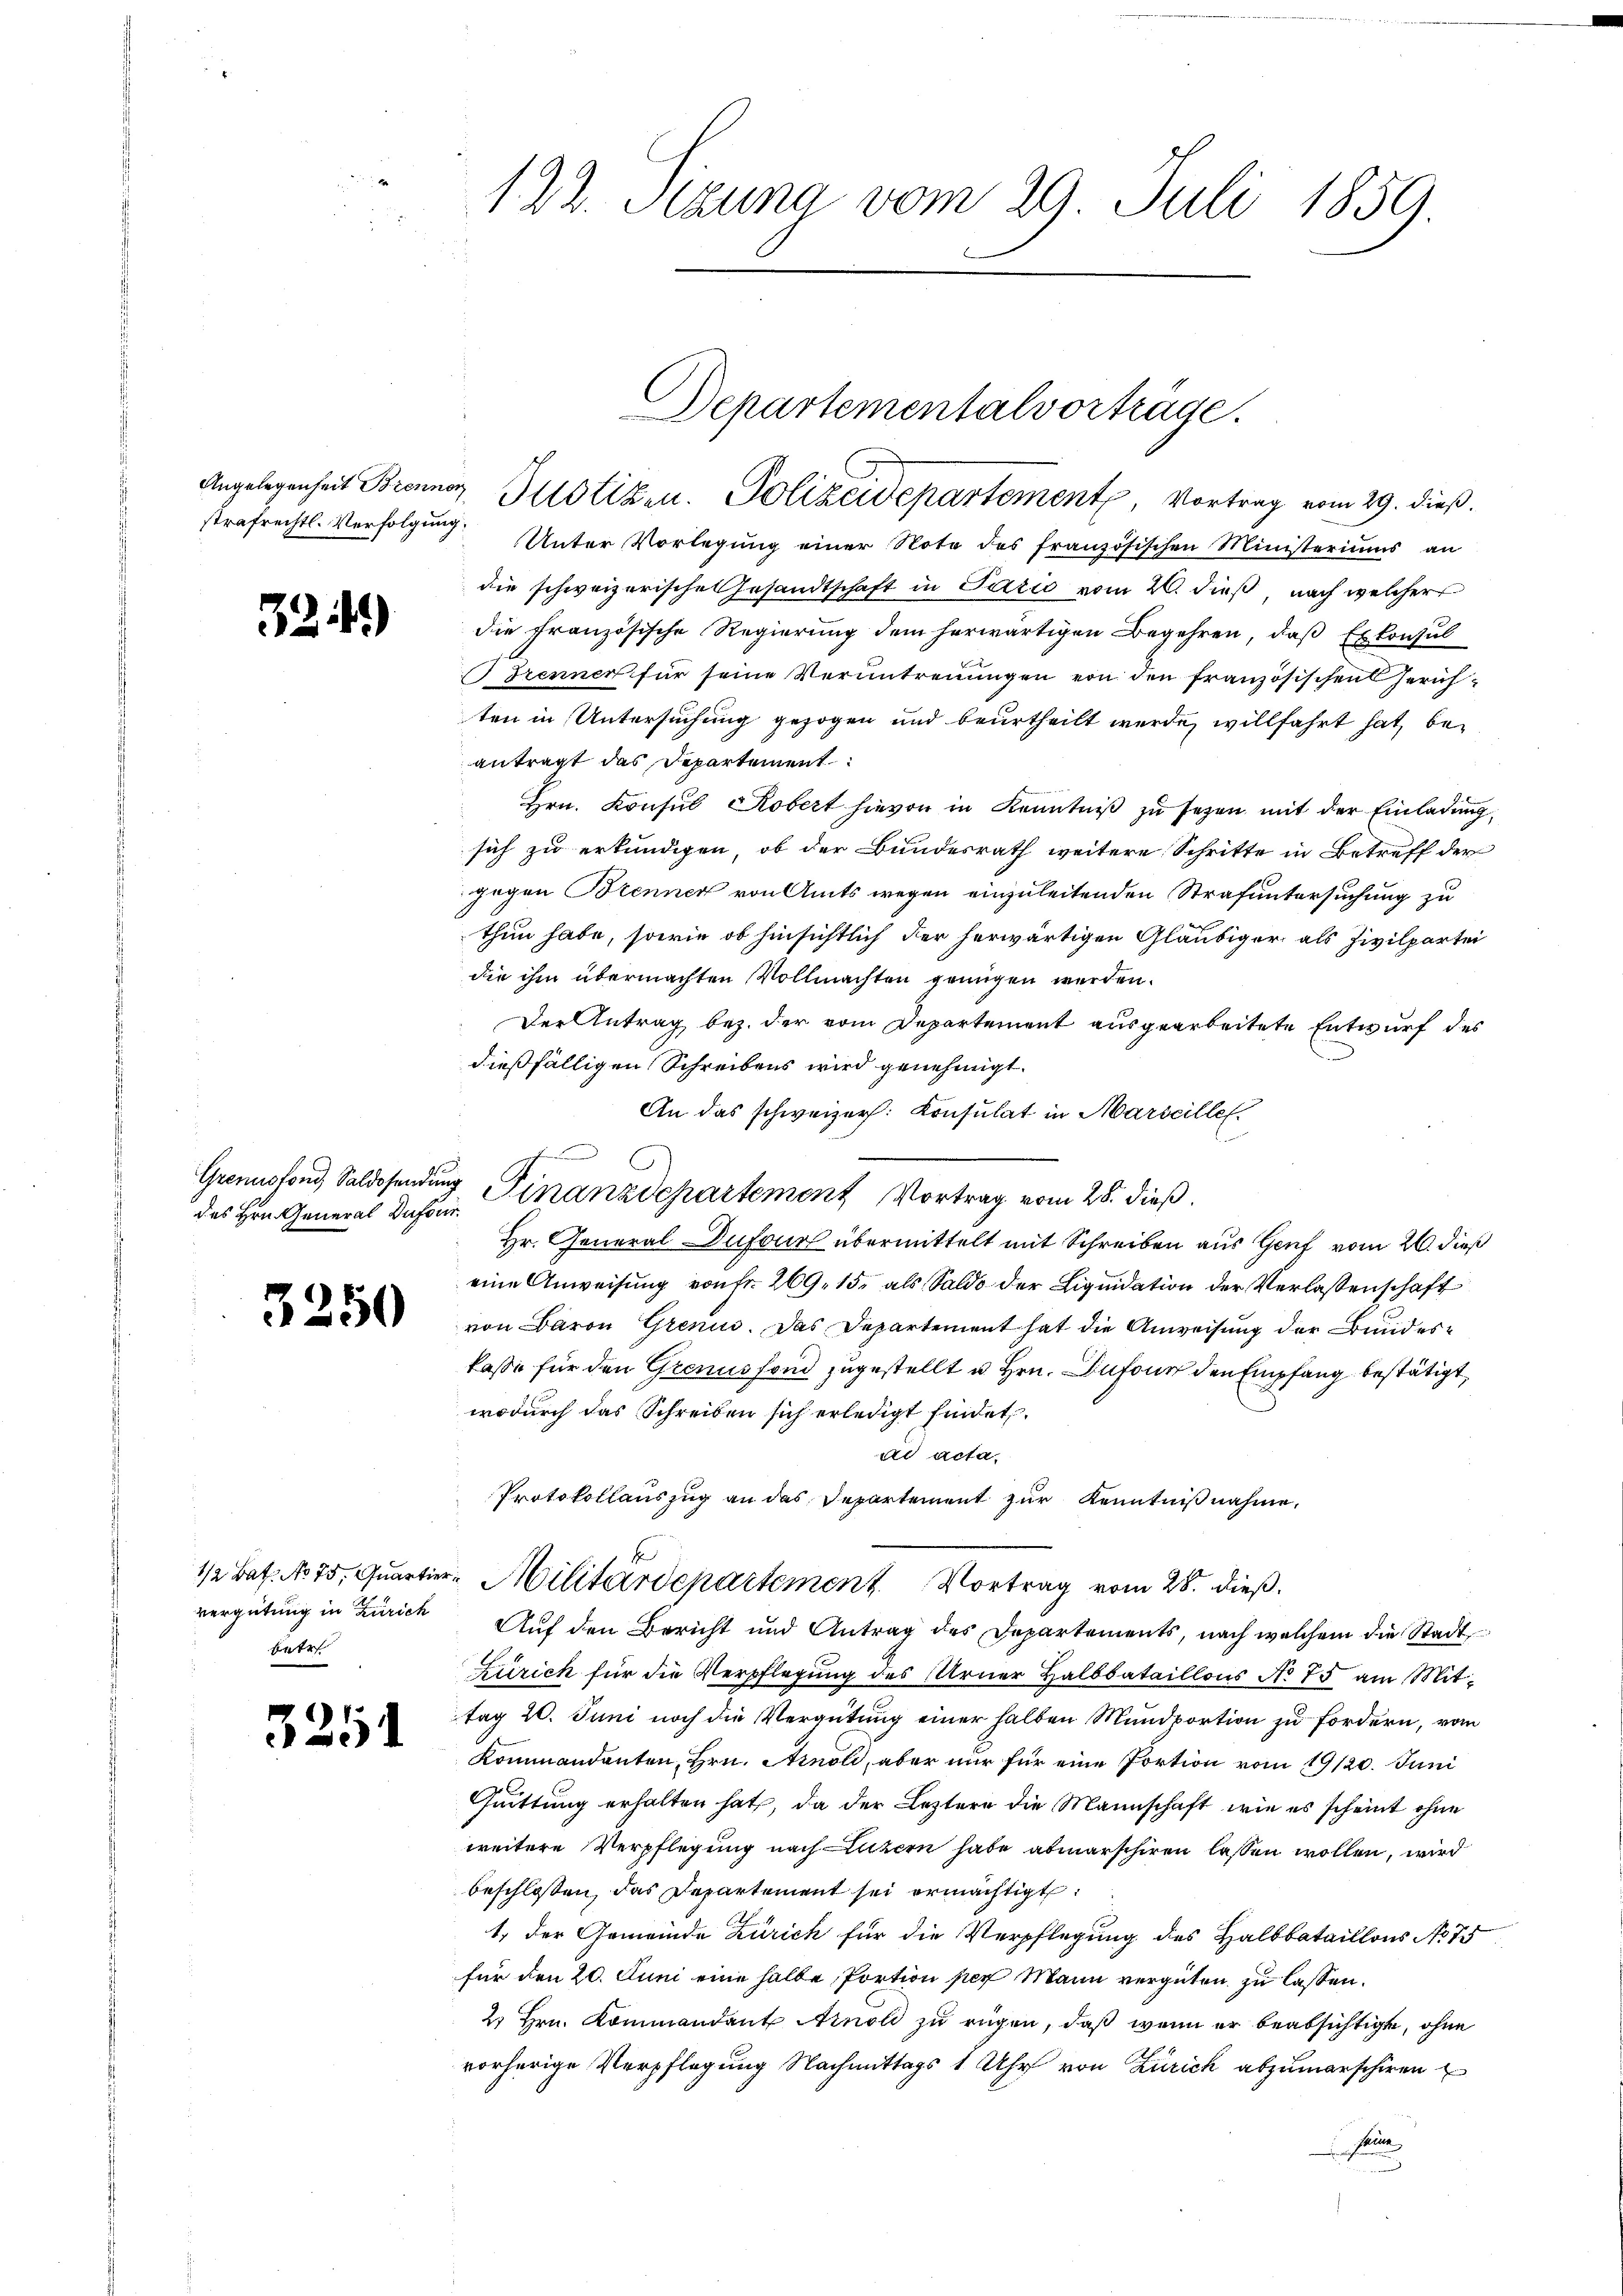
32

)

des Hrn. General Dufour.

3250

Betr

3.

.

122. Sitzung vom 29. Juli 1859.

Angelegenheit Brenner Justizen. Polizeidepartement, Vortrag vom 29. dieß.
strafrechtl. Verfolgung. Unter Vorlegung einer Note des französischen Ministeriums an
die schweizerische Gesandtschaft in Pario vom 20. dieß, nach welcher
die französische Regierung dem herwärtigen Begehren, daß Exkonsul
Trenner für seine Verantreuungen von den französischen Gerichten in Untersuchung gezogen und beurtheilt werde, willfahrt hat, beantragt das Departement
Hrn. Konsul Kobert hievon in Kenntniß zu sezen mit der Einladung,
sich zu erkundigen, ob der Bundesrath weitere Schritte in Betreff der
gegen Brenner von Amts wegen einzuleitenden Strafuntersuchung zu
thun habe, sowie ob hinsichtlich der herwärtigen Gläubiger als Zivilpartei
die ihm übermachten Vollmachten genügen werden.
Der Antrag bez. der vom Departement ausgearbeitete Entwurf des
dießfälligen Schreibens wird genehmigt.
An das schweizer. Konsulat in Marseille.
Hr. General-Dufour übermittelt mit Schreiben aus Genf vom 26. dieß
eine Anweisung von Fr. 269. 15. als Saldo der Liquidation der Verlassenschaft
von Baron Grenis. Das Departement hat die Anweisung der Bundeskasse für den Grenus fond zugestellt u. Hrn. Infour den Empfang bestätigt,
wodurch das Schreiben sich erledigt findet.
ad acta.
Protokollauszug an das Departement zur Kenntnißnahme.
1/2 Bat. No 75. Quartier-Militärdepartement Vortrag vom 28. dieß.
vergütung in Zürich Auf den Bericht und Antrag des Departements, nach welchem die Stadt
Zürich für die Verpflegung des Urner Halbbataillons No 75 am Mittag 20. Juni noch die Vergütung einer halben Mundportion zu fordern, vom
Kommandanten, Hrn. Arnold, aber nur für eine Portion vom 19/20. Juni
Quittung erhalten hat, da der Leztere die Mannschaft, wie es scheint ohne
weitere Verpflegung nach Luzern habe abmarschiren lassen wollen, wird
beschlossen, das Departement sei ermächtigt:
1. der Gemeinde Zürich für die Verpflegung des Halbbataillons No 75
für den 20. Juni eine halbe Portion per Mann vergüten zu lassen.
2. Hrn. Kommandant Arnold zu rügen, daß wenn er beabsichtigte, ohne
vorherige Verpflegung Nachmittags 1 Uhr von Zürich abzumarschiren
n

Gronnsfond, Saldosendung Finanzdepartement Vortrag vom 28. dieß.

Departementalvortrüge.